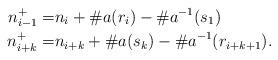
LaTeX: \begin{align*}n_{i-1}^+=& n_i+\#a(r_i)-\#a^{-1}(s_{1})\\n_{i+k}^+=& n_{i+k}+\#a(s_k)-\#a^{-1}(r_{i+k+1}).\end{align*}